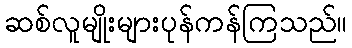
ဆစ်လူမျိုးများပုန်ကန်ကြသည်။